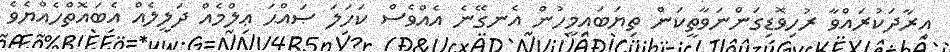
އިރާދަކުރައްވާ ރުހިވޮޑިގަންނަވާތީކަން ތިޔަބައިމީހުން އެނގޭނެ އެއްވެސް ކަހަލަ ޞައްޙަ ޢިލްމެއް ދަލީލެއް އެބައޮތްހެއްޔެވެ